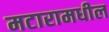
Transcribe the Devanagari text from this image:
मटारामधील